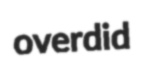
overdid